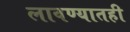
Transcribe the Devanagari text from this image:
लावण्यातही